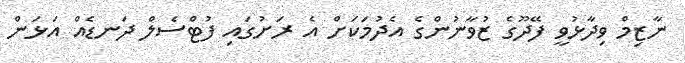
ނާޒިމް ވިދާޅުވީ ފޭދޫގެ ޒުވާނުންގެ އެދުމަކަށް އެ ރަށުގައި ފުޓްސެލް ދަނޑެއް އަޅަން